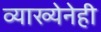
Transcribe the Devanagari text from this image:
व्याख्येनेही